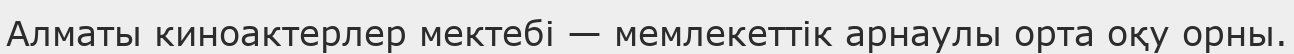
Алматы киноактерлер мектебі — мемлекеттік арнаулы орта оқу орны.